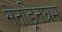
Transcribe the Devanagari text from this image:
सेनड्रिनघम